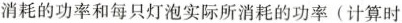
消耗的功率和每只灯泡实际所消耗的功率(计算时